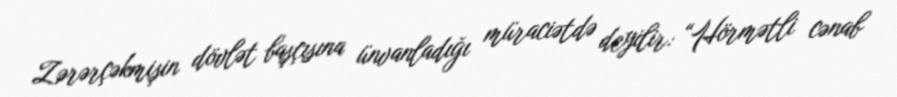
Zərərçəkmişin dövlət başçısına ünvanladığı müraciətdə deyilir: “Hörmətli cənab